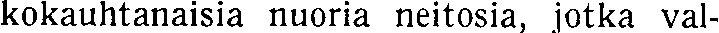
kokauhtanaisia nuoria neitosia, jotka val-